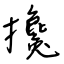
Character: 攙